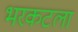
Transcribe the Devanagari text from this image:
भरकटला